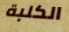
الكلبة